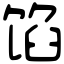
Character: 馅